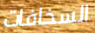
السخافات